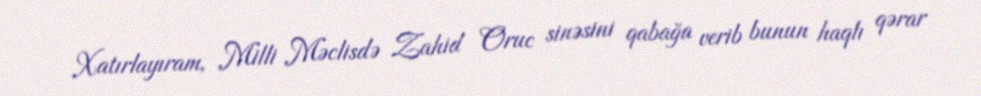
Xatırlayıram, Milli Məclisdə Zahid Oruc sinəsini qabağa verib bunun haqlı qərar